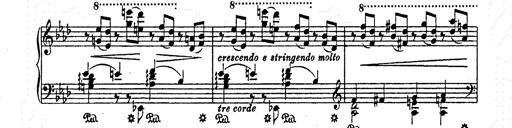
Title: AnnÃ©es de pÃ¨lerinage II
Composer: Franz Liszt